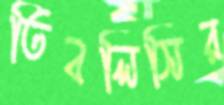
তিবলিসির